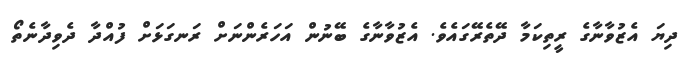
ދިޔަ އެޒުވާނާގެ ރީތިކަމާ ދޭތެރޭގައެވެ. އެޒުވާނާގެ ބޭނުން އަހަރެންނަށް ރަނގަޅަށް ފުއްދާ ދެވިދާނެތޯ